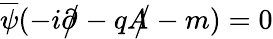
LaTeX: {\overline{{\psi}}}(-i{\partial\! \! \! {\big/}}-q{A\! \! \! {\big/}}-m)=0